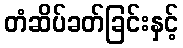
တံဆိပ်ခတ်ခြင်းနှင့်